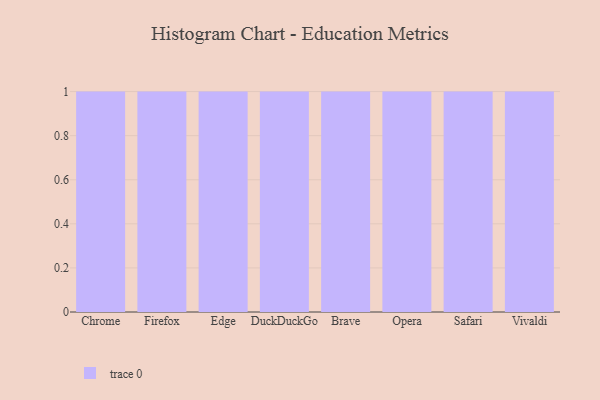
{"axis": {"x": "Browser", "y": "Bounce Rate (%)"}, "legend": [""], "data": [{"x": "Chrome", "y": 6, "type": ""}, {"x": "Firefox", "y": 7, "type": ""}, {"x": "Edge", "y": 20, "type": ""}, {"x": "DuckDuckGo", "y": 35, "type": ""}, {"x": "Brave", "y": 38, "type": ""}, {"x": "Opera", "y": 62, "type": ""}, {"x": "Safari", "y": 26, "type": ""}, {"x": "Vivaldi", "y": 82, "type": ""}]}